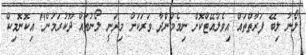
"ލޯނު ލިބޭ ފަރާތްތައް އިވެލުއޭޓްކޮށް ނިމެމުންދާ ވަރަކަށް މިދަނީ ލޯނުތައް ދޫކުރަމުން" އިކޮނޮމިކް